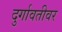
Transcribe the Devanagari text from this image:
दुर्गावतीवर